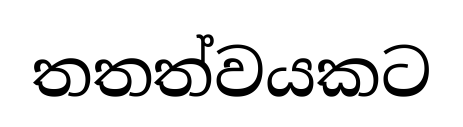
තතත්වයකට